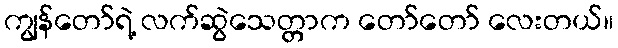
ကျွန်တော်ရဲ့ လက်ဆွဲသေတ္တာက တော်တော် လေးတယ်။